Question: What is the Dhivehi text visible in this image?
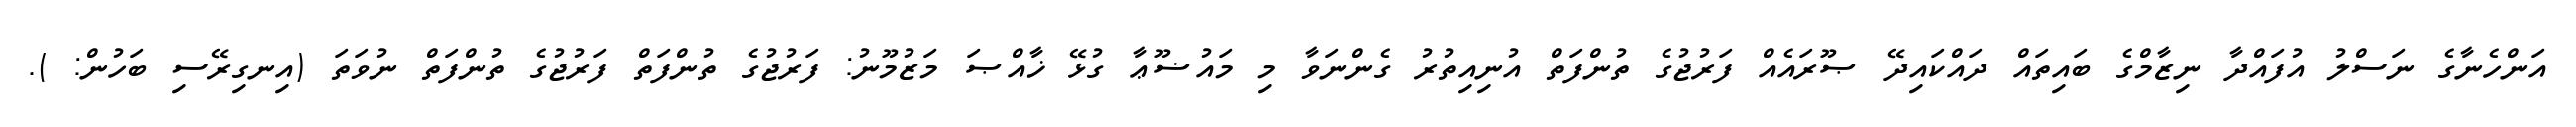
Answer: އަންހެނާގެ ނަސްލު އުފައްދާ ނިޒާމްގެ ބައިތައް ދައްކައިދޭ ޞޫރައެއް ފަރުޖުގެ ތުންފަތް އުނިއިތުރު ގެންނަވާ މި މައުޟޫޢާ ގުޅޭ ޚާއްޞަ މަޒުމޫނު: ފަރުޖުގެ ތުންފަތް ފަރުޖުގެ ތުންފަތް ނުވަތަ (އިނގިރޭސި ބަހުން: ).